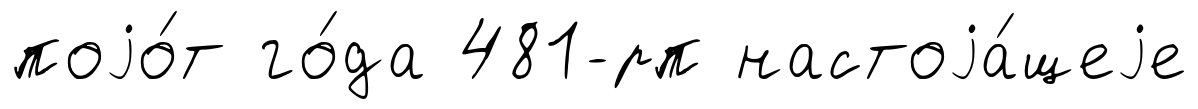
поjо́т го́да 481-рп настоjа́щеjе